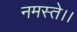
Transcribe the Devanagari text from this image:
नमस्ते।।